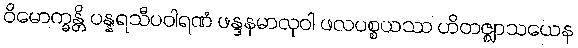
ဝိမောက္ခန္တိ ပန္နရသီပဝါရဏံ ဖန္ဒနမာလုဝါ ဖလပစ္စယဿ ဟိတဇ္ဈာသယေန